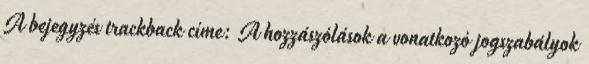
A bejegyzés trackback címe: A hozzászólások a vonatkozó jogszabályok